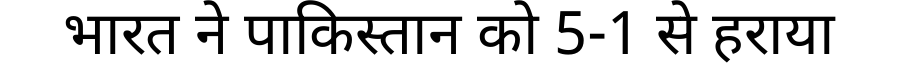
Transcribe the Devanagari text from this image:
भारत ने पाकिस्तान को 5-1 से हराया